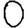
Digit: 0